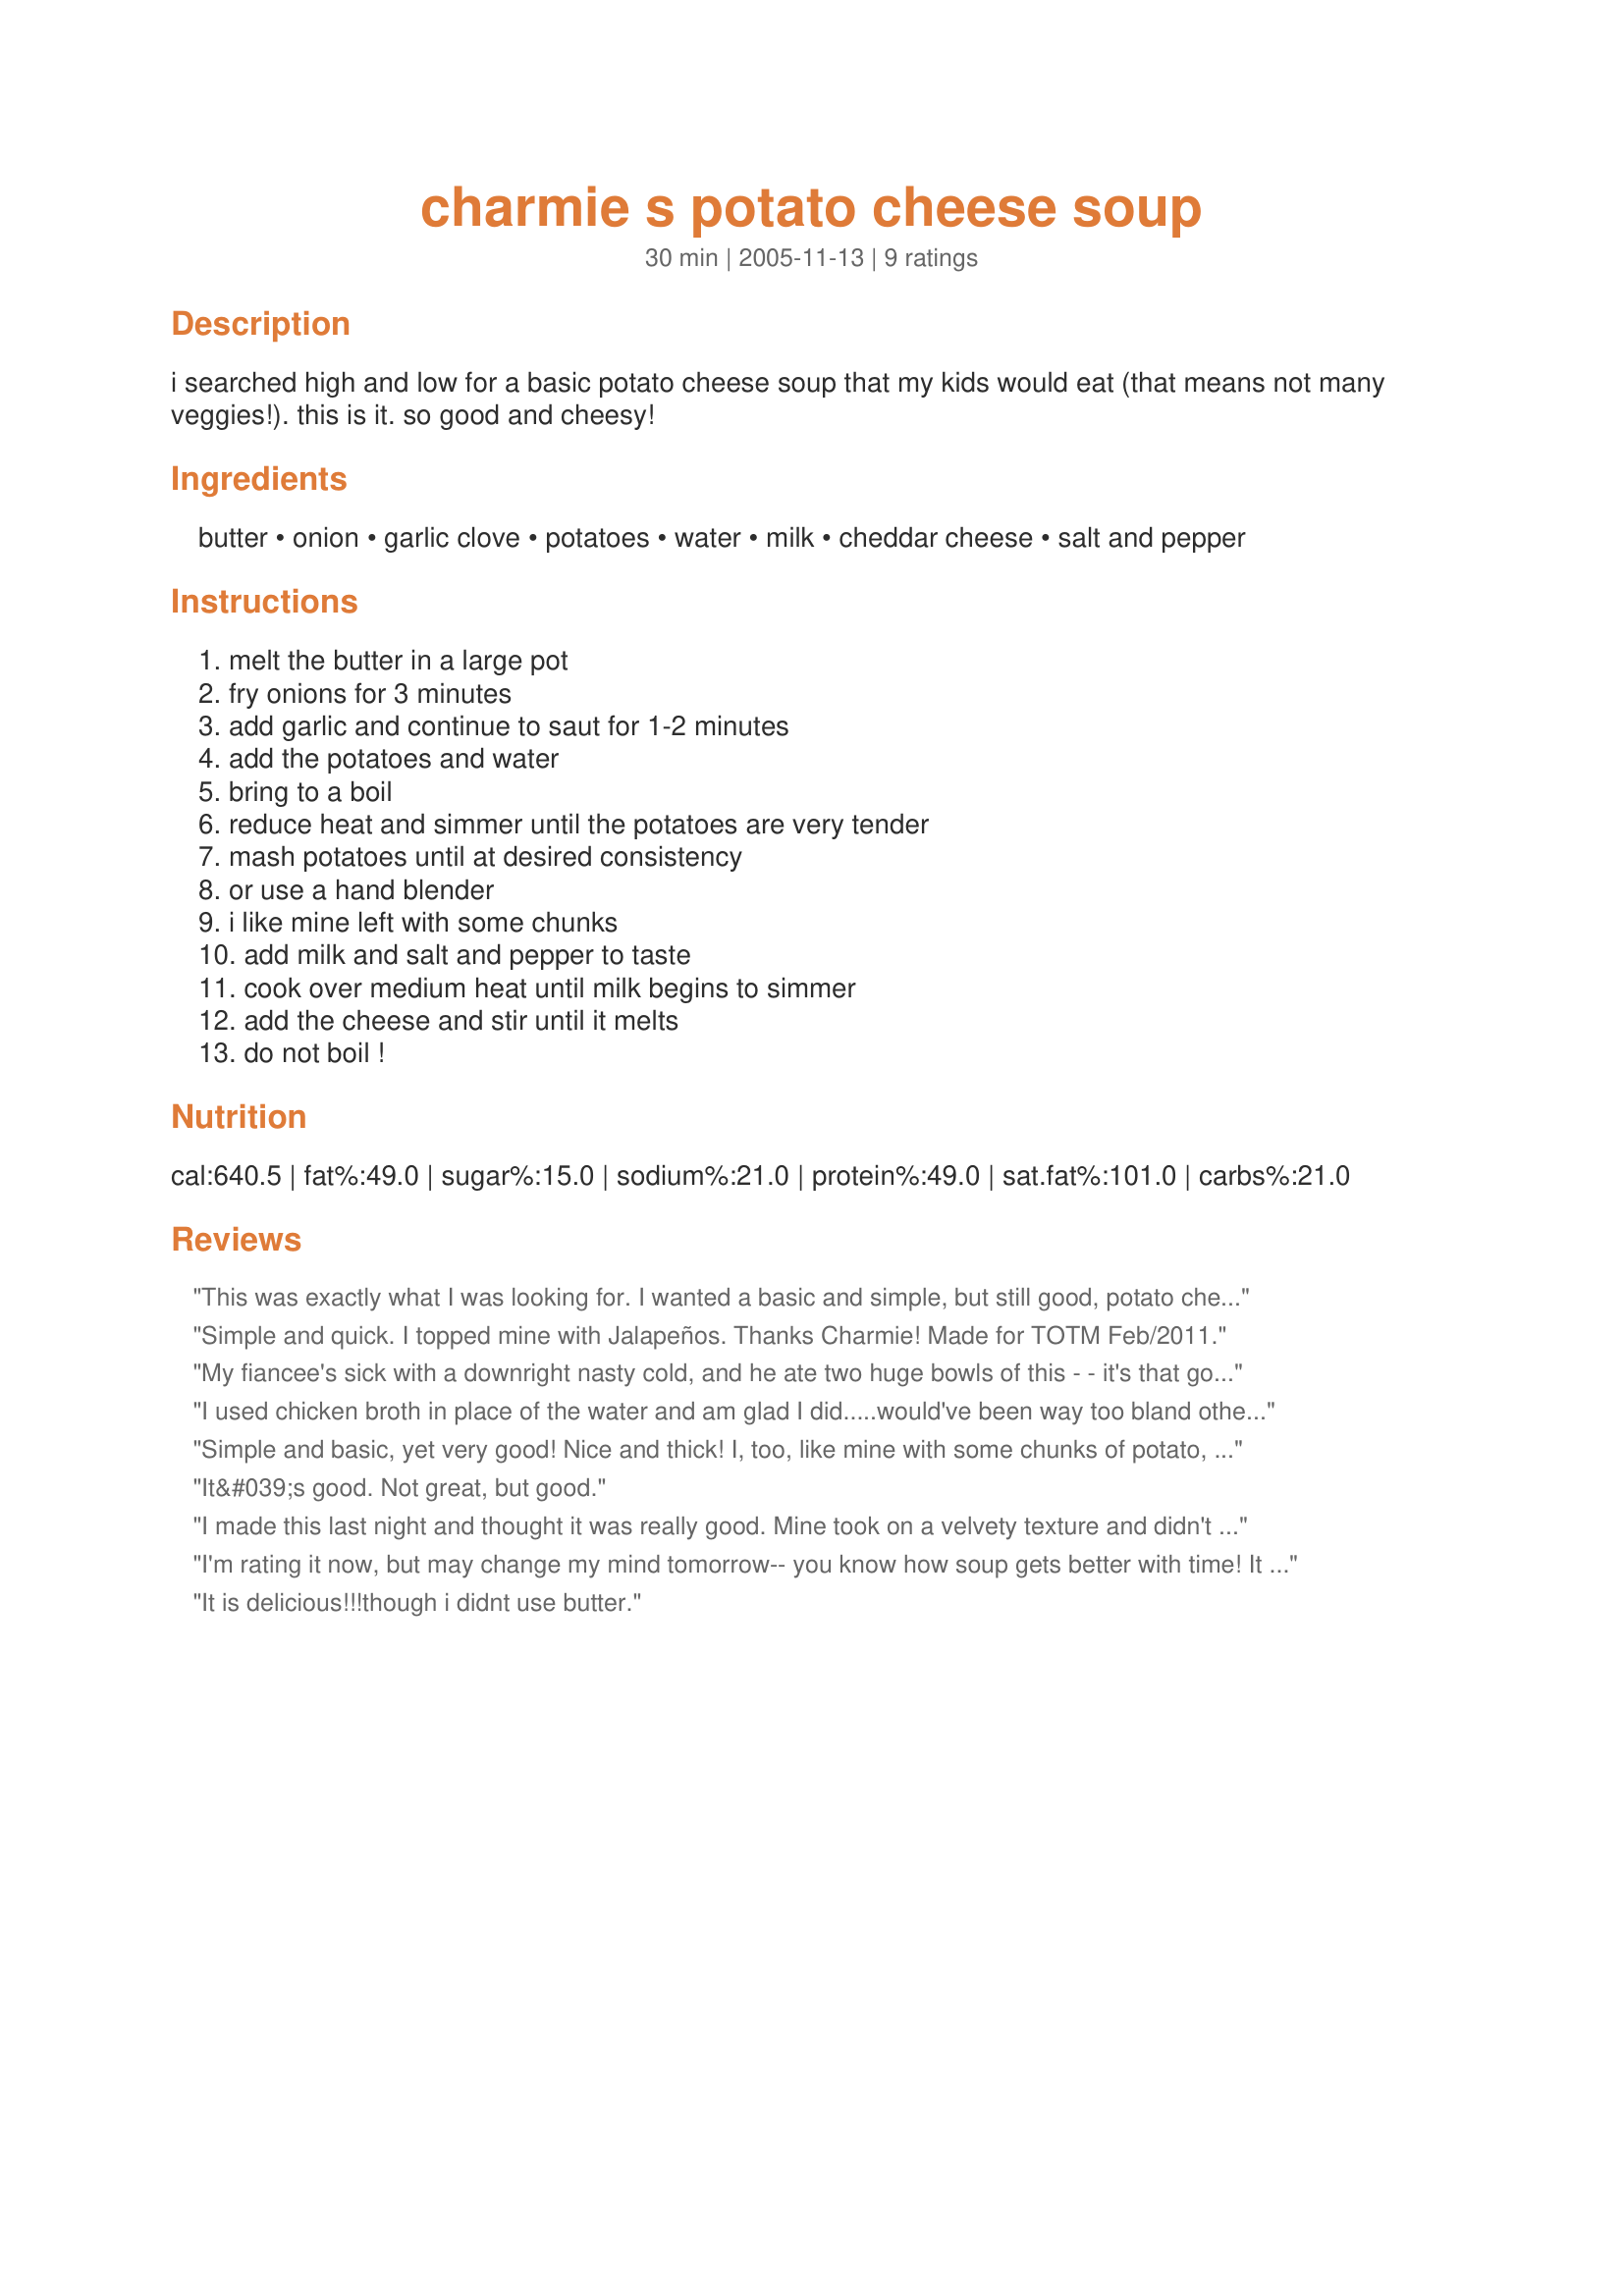
charmie s potato cheese soup
Preparation time: 30 minutes

i searched high and low for a basic potato cheese soup that my kids would eat (that means not many veggies!). this is it. so good and cheesy!

Ingredients:
butter, onion, garlic clove, potatoes, water, milk, cheddar cheese, salt and pepper

Steps:
melt the butter in a large pot, fry onions for 3 minutes, add garlic and continue to saut for 1-2 minutes, add the potatoes and water, bring to a boil, reduce heat and simmer until the potatoes are very tender, mash potatoes until at desired consistency, or use a hand blender, i like mine left with some chunks, add milk and salt and pepper to taste, cook over medium heat until milk begins to simmer, add the cheese and stir until it melts, do not boil !

Reviews:
This was exactly what I was looking for. I wanted a basic and simple, but still good, potato cheese soup recipe. This really hit the mark. Thanks for the recipe!
Simple and quick. I topped mine with Jalapeños. Thanks Charmie! Made for TOTM Feb/2011.
My fiancee's sick with a downright nasty cold, and he ate two huge bowls of this - - it's that good. We both really enjoyed this recipe! Thanks!
I used chicken broth in place of the water and am glad I did.....would've been way too bland otherwise. I also did not peel my potatoes and added paprika for flavor. A good basic recipe but it for sure needs added flavor.
Simple and basic, yet very good! Nice and thick! I, too, like mine with some chunks of potato, so I used a masher to better control the texture. I added some smoked paprika for a little extra depth in flavor. I think I'd use chicken broth (or add chicken broth base) to the water next time. We love potatoes, so we'll be enjoying this soup often this coming winter! Thanx!
It&#039;s good. Not great, but good.
I made this last night and thought it was really good. Mine took on a velvety texture and didn't have any overpowering flavors. It will probably be even better today, which gives me a chance to go buy some crusty bready! Delicious! (Although my husband and daughter wouldn't eat it, not soup people).
I'm rating it now, but may change my mind tomorrow-- you know how soup gets better with time! It was bland-- but I did make it for the kids, not for the adults. I will use a can of chicken broth for part of the water, and sharp cheddar for the cheese, for next time. I kept thinking how good some celery and carrot chunks would be, but then the kids would never eat it...
It is delicious!!!though i didnt use butter.
